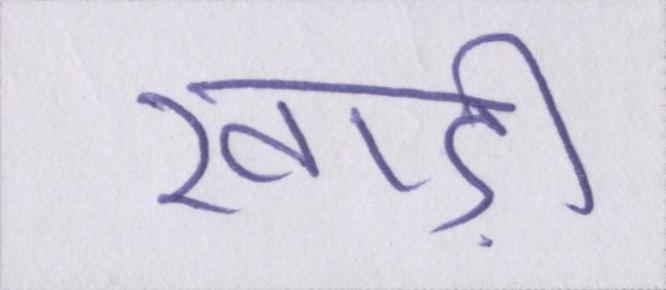
खाड़ी